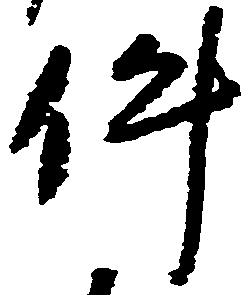
件